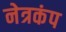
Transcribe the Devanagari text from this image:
नेत्रकंप